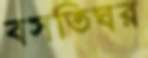
বসতিঘর